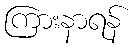
ကြားနာရန်